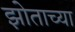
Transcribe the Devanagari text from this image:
झोताच्या